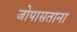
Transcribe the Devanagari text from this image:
जोपासताना